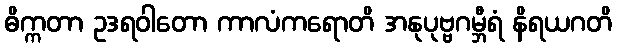
ဓိက္ကတာ ဥဒရဝါတော ကာလံကရောတိ အနုပုဗ္ဗဂမ္ဘီရံ နိရယဂတိ